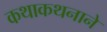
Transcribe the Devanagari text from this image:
कथाकथनाने